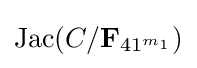
{\text{Jac}}(C/{\bf {F}}_{41^{m_{1}}})